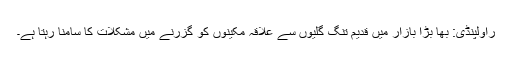
راولپنڈی: بھا بڑا بازار میں قدیم تنگ گلیوں سے علاقہ مکینوں کو گزرنے میں مشکلات کا سامنا رہتا ہے۔